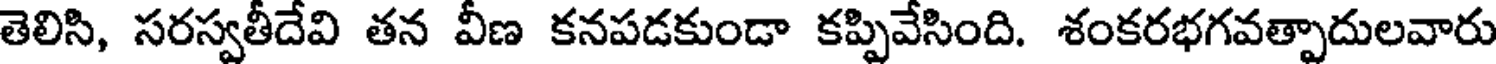
తెలిసి, సరస్వతీదేవి తన వీణ కనపడకుండా కప్పివేసింది. శంకరభగవత్పాదులవారు